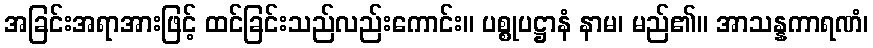
အခြင်းအရာအားဖြင့် ထင်ခြင်းသည်လည်းကောင်း။ ပစ္စုပဋ္ဌာနံ နာမ၊ မည်၏။ အာသန္နကာရဏံ၊